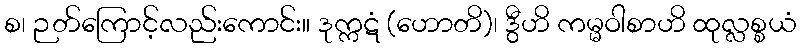
စ၊ ဉတ်ကြောင့်လည်းကောင်း။ ဒုက္ကဋံ (ဟောတိ)၊ ဒွီဟိ ကမ္မဝါစာဟိ ထုလ္လစ္စယံ